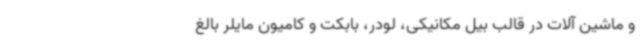
و ماشین آلات در قالب بیل مکانیکی، لودر، بابکت و کامیون مایلر بالغ